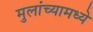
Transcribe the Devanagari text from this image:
मुलांच्यामध्ये